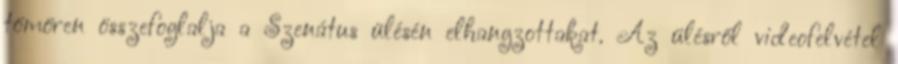
tömören összefoglalja a Szenátus ülésén elhangzottakat. Az ülésről videofelvétel